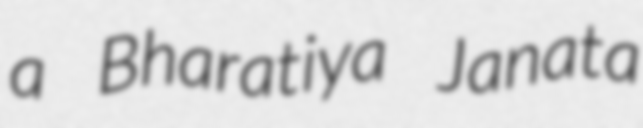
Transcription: a Bharatiya Janata